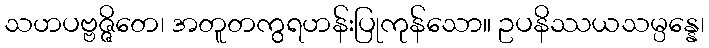
သဟပဗ္ဗဇ္ဇိတေ၊ အတူတကွရဟန်းပြုကုန်သော။ ဥပနိဿယသမ္ပန္နေ၊